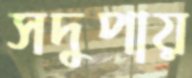
সদুপায়